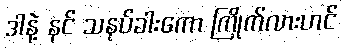
ဒါနဲ့ နင် သနပ်ခါးကော ကြိုက်လားဟင်